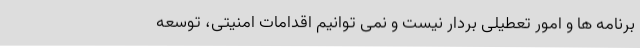
برنامه ها و امور تعطیلی بردار نیست و نمی توانیم اقدامات امنیتی، توسعه